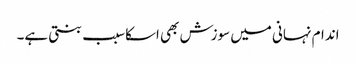
اندام نہانی میں سوزش بھی اسکاسبب بنتی ہے۔